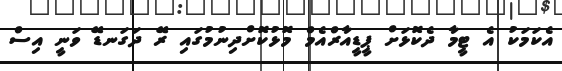
އެކަމަކު އެ ޓީމާ ދެކޮޅަށް ޕީޑީއާރްއެމް މޮޅުކޮށްދިނުމުގައި ރޭ ދަގަނޑޭ ވަނީ އިސް